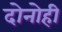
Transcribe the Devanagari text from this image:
दोनोही